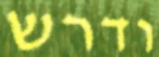
ודרש